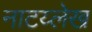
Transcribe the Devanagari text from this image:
नाटय्लेख